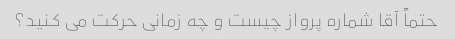
حتماً آقا شماره پرواز چیست و چه زمانی حرکت می کنید؟